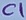
Text: C1